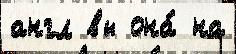
англ вы она́ на